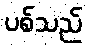
ပစ်သည်